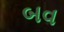
બવ